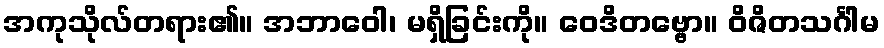
အကုသိုလ်တရား၏။ အဘာဝေါ၊ မရှိခြင်းကို။ ဝေဒိတဗ္ဗော။ ဝိဇိတသင်္ဂါမ